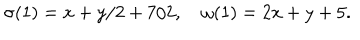
\sigma ( 1 ) = x + y / 2 + 7 / 2 , \quad \omega ( 1 ) = 2 x + y + 5 .